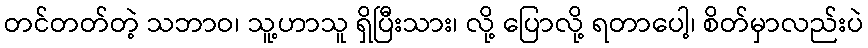
တင်တတ်တဲ့ သဘာဝ၊ သူ့ဟာသူ ရှိပြီးသား၊ လို့ ပြောလို့ ရတာပေါ့၊ စိတ်မှာလည်းပဲ